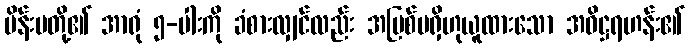
မိန်းမတို့၏ အာရုံ ၅-ပါးကို ခံစားလျှင်လည်း အပြစ်မရှိဟုယူထားသော အဓိဋ္ဌရဟန်း၏